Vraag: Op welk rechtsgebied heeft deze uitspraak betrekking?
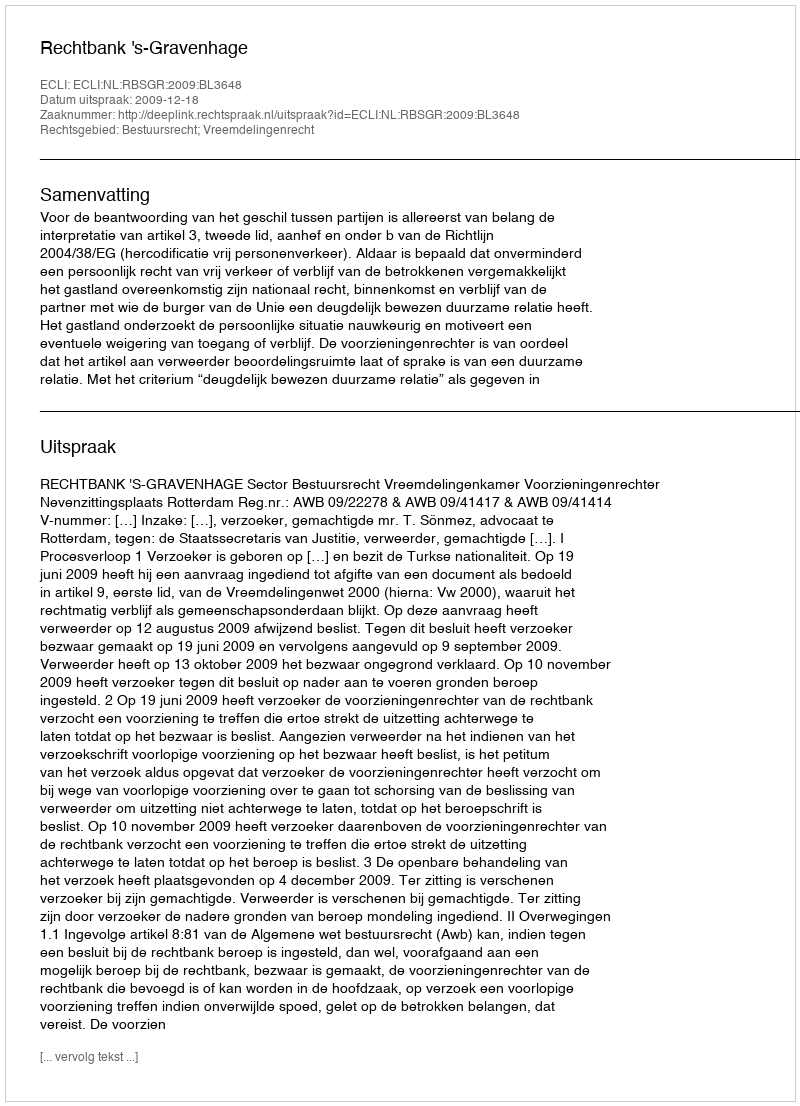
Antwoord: Bestuursrecht; Vreemdelingenrecht